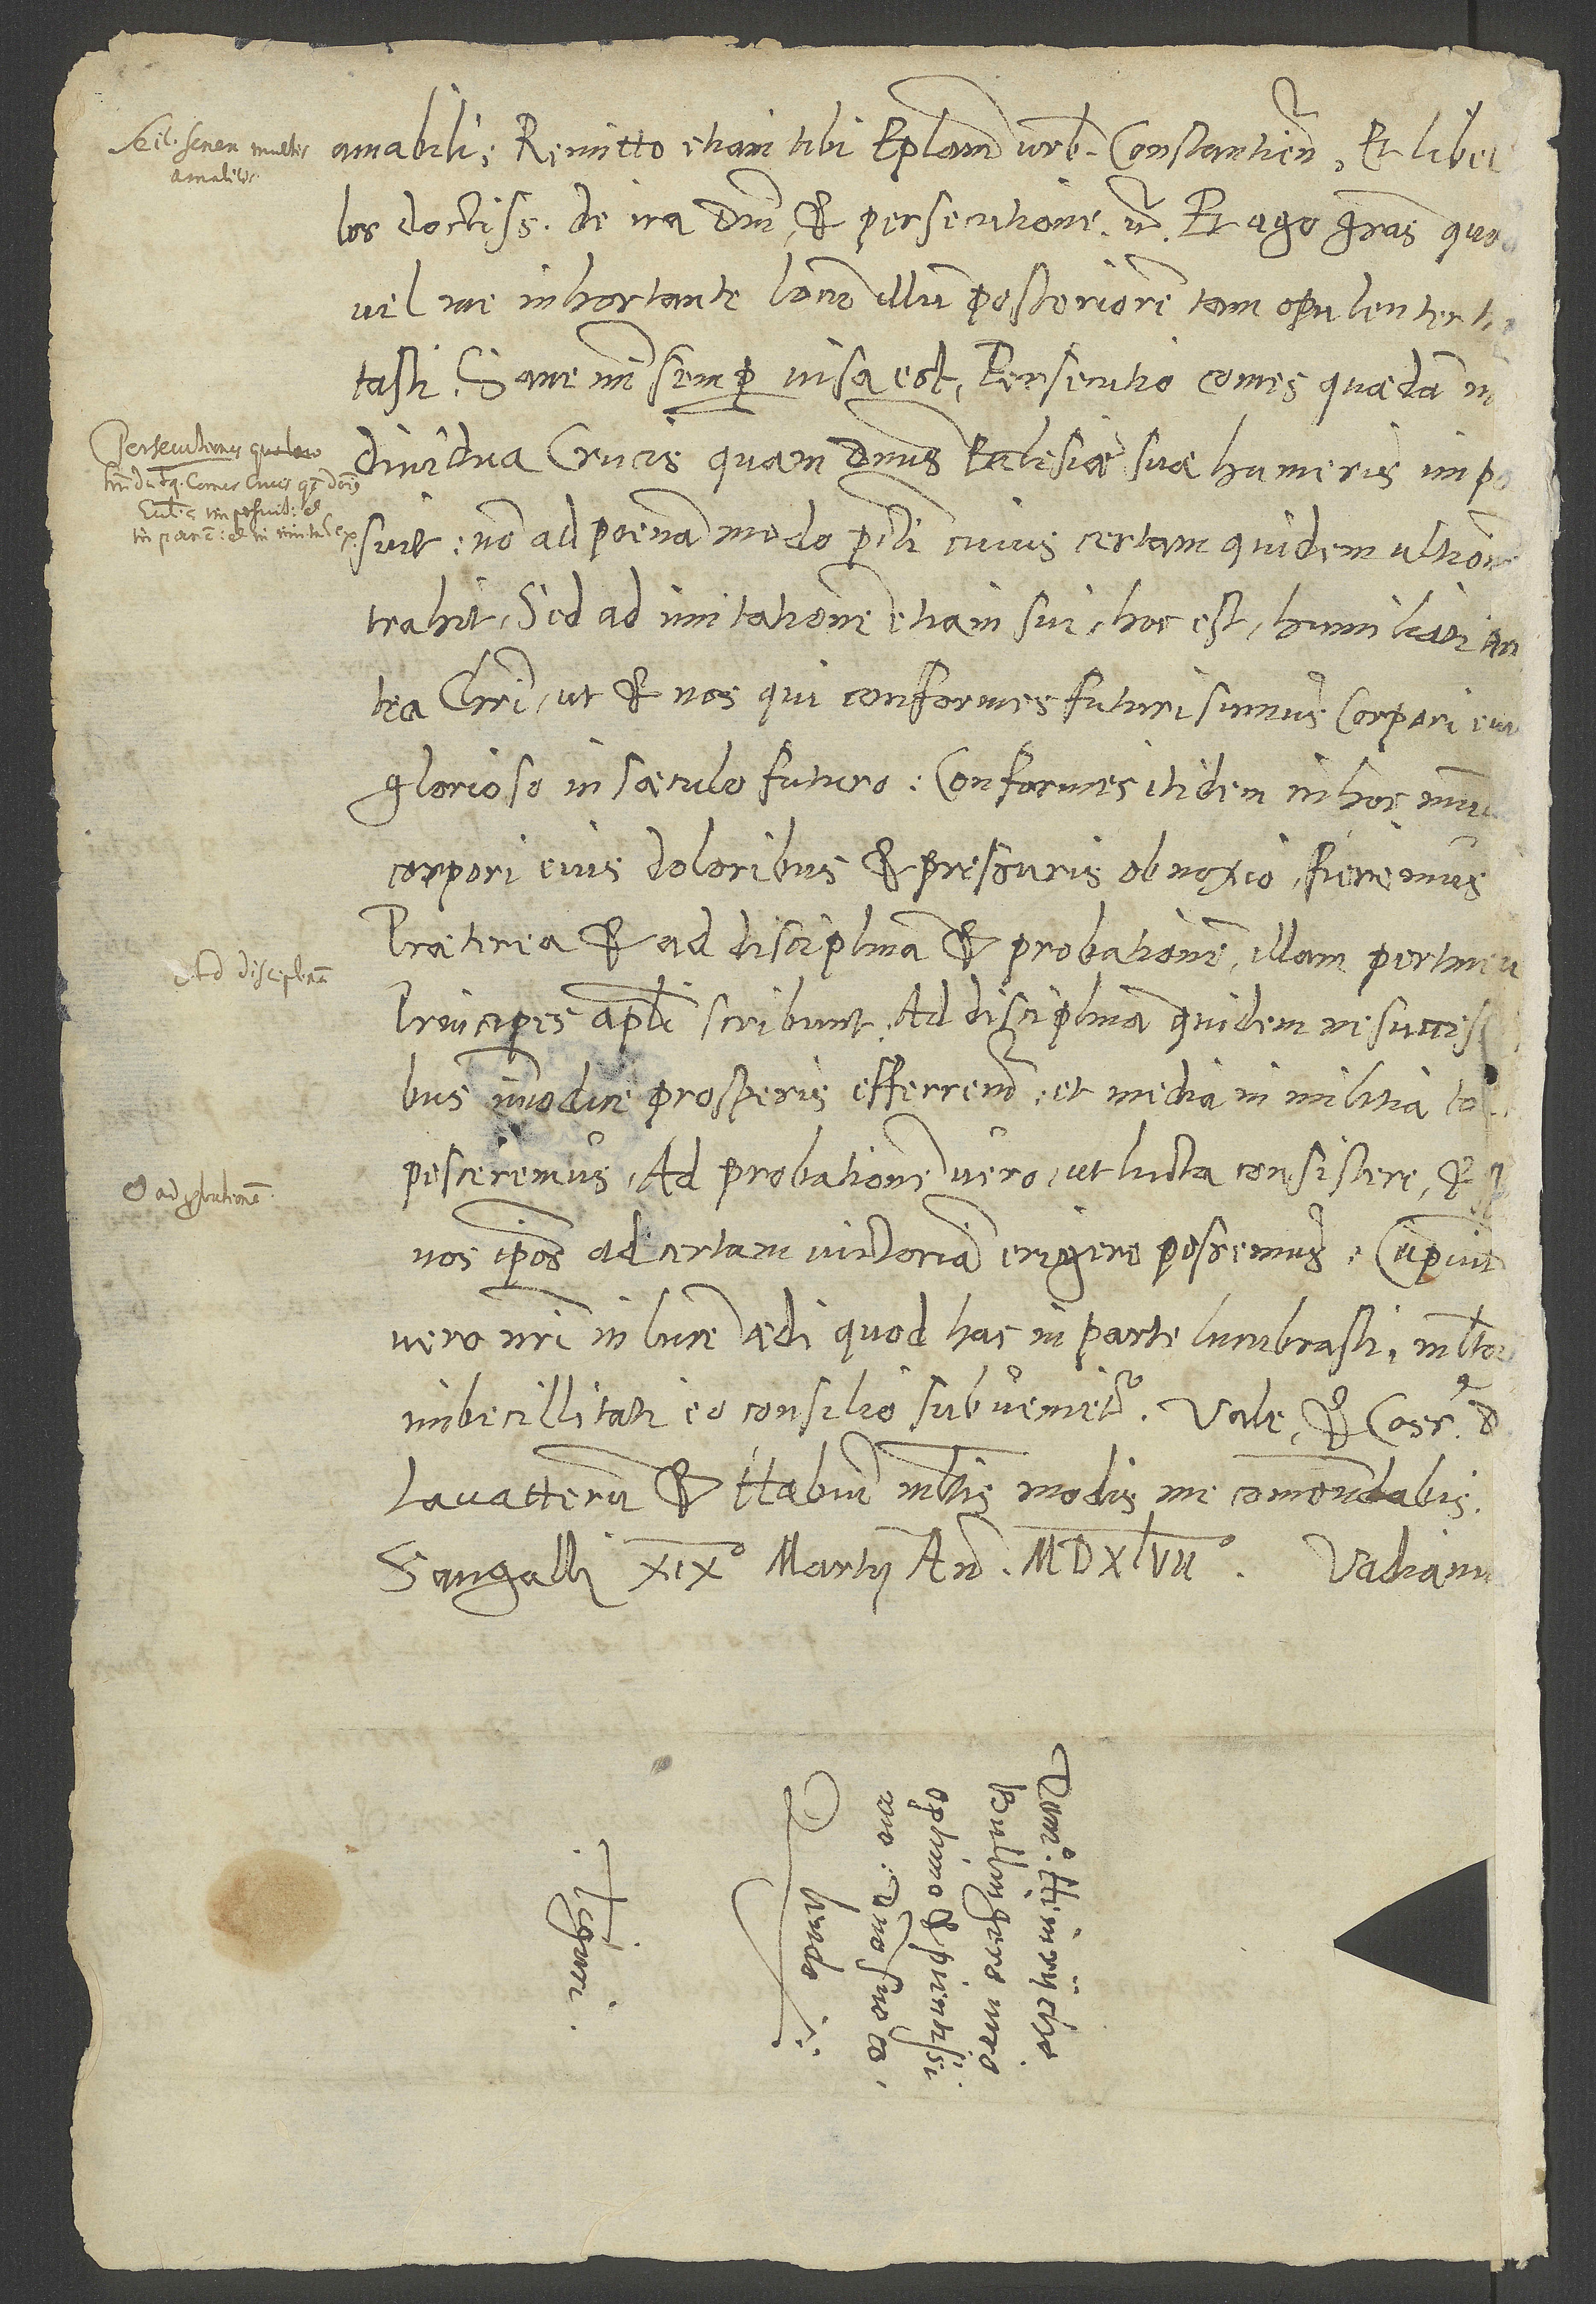
amabili.
doctissimos De ira domini et persecutione, etc., et ago gratias, quod
vel me inhortante locum illum posteriorem tam opulenter tractasti.
Sane mihi semper visa est persecutio comes quaedam
individua crucis, quam dominus ecclesiae suae humeris imposuit,
non ad poenam modo peccati, cuius certam quidem ultionem
trahit, sed ad imitationem etiam sui, hoc est humiliati antea
Christi, ut et nos, qui conformes futuri sumus corpori eius
glorioso in saeculo futuro, conformes itidem in hoc mundo
corpori eius doloribus et pressuris obnoxio fieremus.
Praeterea et ad disciplinam et probationem illam pertinere
principes apostoli scribunt: ad disciplinam quidem, ne successibus
immodice prosperis efferremur et media in militia
torpesceremus, ad probationem vero, ut lucta consistere et etiam
nos ipsos ad certam victoriam erigere possemus. Cupiunt
vero nostri in lucem aedi, quod hac in parte lucubrasti; multorum
imbecillitati eo consilio subvenietur.
Lavaterum et Habium multis modis me commendabis.
Sangalli, 19. martii anno 1547.
S.